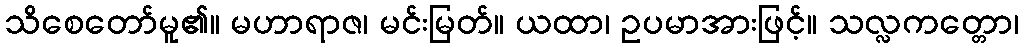
သိစေတော်မူ၏။ မဟာရာဇ၊ မင်းမြတ်။ ယထာ၊ ဥပမာအားဖြင့်။ သလ္လကတ္တော၊